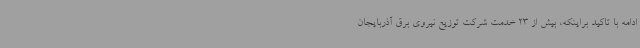
ادامه با تاکید براینکه، بیش از 23 خدمت شرکت توزیع نیروی برق آذربایجان